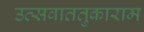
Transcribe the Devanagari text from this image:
उत्सवाततुकाराम